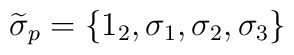
\widetilde{\sigma }_{p}=\left\{ 1_{2},\sigma _{1},\sigma _{2},\sigma _{3}\right\}